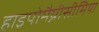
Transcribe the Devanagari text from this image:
हाइपोमैग्नीसीमिया